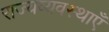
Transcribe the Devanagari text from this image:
राज्यव्यवस्थाएँ